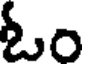
ఓం